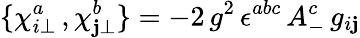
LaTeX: \{ \chi_{i\bot}^{a}\, ,\chi_{\mathbf{j}\bot}^{b}\} =-2\, g^{2}\, \epsilon^{abc}\, A_{-}^{c}\, g_{i\mathbf{j}}